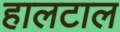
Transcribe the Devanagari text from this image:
हालटाल